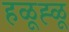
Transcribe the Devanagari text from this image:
हळूह्ळू